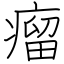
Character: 瘤